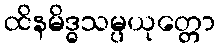
ထိနမိဒ္ဓသမ္ပယုတ္တော